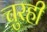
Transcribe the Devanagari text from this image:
चुरही